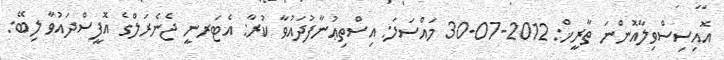
އޮއިސިސްވިލާއޮންނަ ތާރީޚް: 2012-07-30 މައްސަލަ: އިސްތިޢުނާފުދައުވާ ކުރާ: އެޓަރނީ ޖެނެރަލްގެ އޮފީސްދައުވާ ލިބޭ: